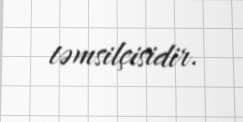
təmsilçisidir.